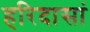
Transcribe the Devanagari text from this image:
हरिदासां